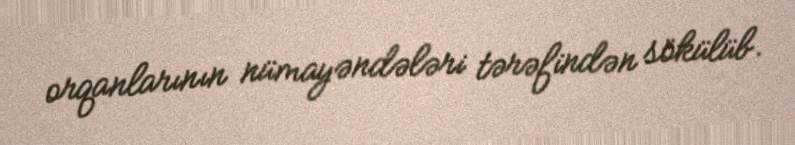
orqanlarının nümayəndələri tərəfindən sökülüb.